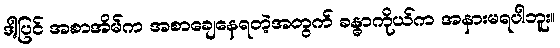
ဒါ့ပြင် အစာအိမ်က အစာချေနေရတဲ့အတွက် ခန္ဓာကိုယ်က အနားမရပါဘူး။